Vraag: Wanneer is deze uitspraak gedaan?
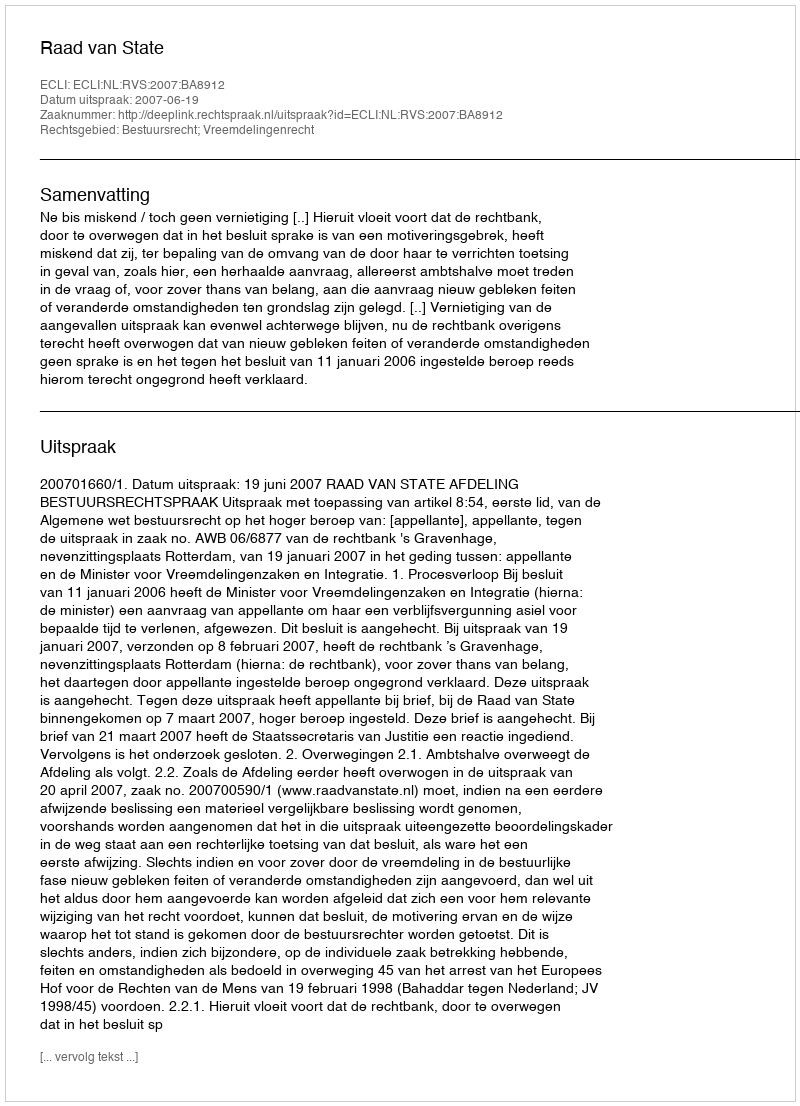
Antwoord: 2007-06-19